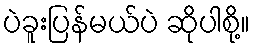
ပဲခူးပြန်မယ်ပဲ ဆိုပါစို့။